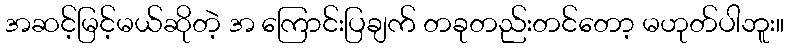
အဆင့်မြင့်မယ်ဆိုတဲ့ အ ကြောင်းပြချက် တခုတည်းတင်တော့ မဟုတ်ပါဘူး။